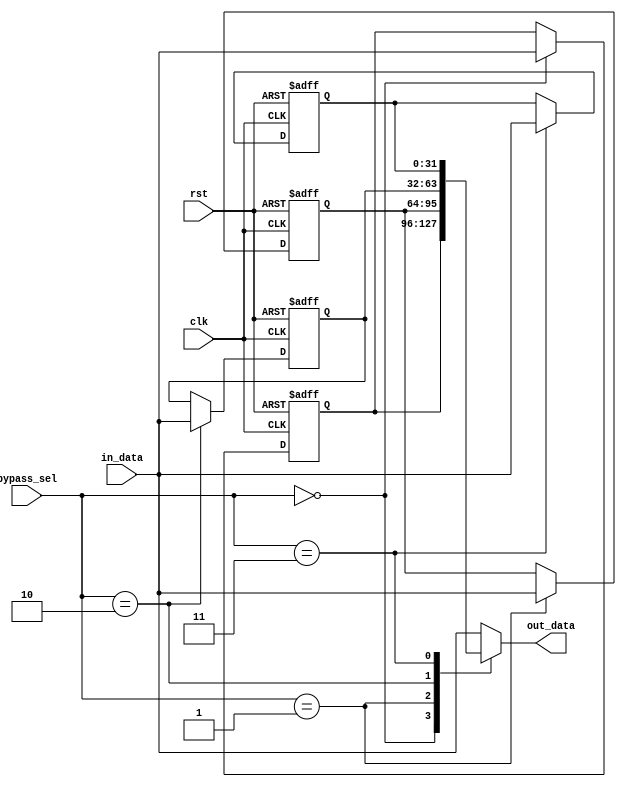
module bypass_register (
    input clk,
    input rst,
    input [3:0] bypass_sel,
    input [31:0] in_data,
    output reg [31:0] out_data
);

reg [31:0] reg0, reg1, reg2, reg3;

always @(posedge clk or posedge rst) begin
    if (rst) begin
        reg0 <= 0;
        reg1 <= 0;
        reg2 <= 0;
        reg3 <= 0;
    end else begin
        reg0 <= (bypass_sel == 0) ? in_data : reg0;
        reg1 <= (bypass_sel == 1) ? in_data : reg1;
        reg2 <= (bypass_sel == 2) ? in_data : reg2;
        reg3 <= (bypass_sel == 3) ? in_data : reg3;
    end
end

always @* begin
    case (bypass_sel)
        0: out_data = reg0;
        1: out_data = reg1;
        2: out_data = reg2;
        3: out_data = reg3;
        default: out_data = in_data;
    endcase
end

endmodule